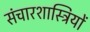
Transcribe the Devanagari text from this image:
संचारशास्त्रियों